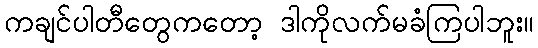
ကချင်ပါတီတွေကတော့ ဒါကိုလက်မခံကြပါဘူး။